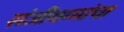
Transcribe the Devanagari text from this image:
संजीवम्मांचा